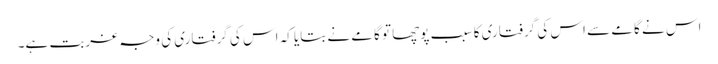
اس نے گامے سے اس کی گرفتاری کا سبب پوچھا تو گامے نے بتایا کہ اس کی گرفتاری کی وجہ غربت ہے۔